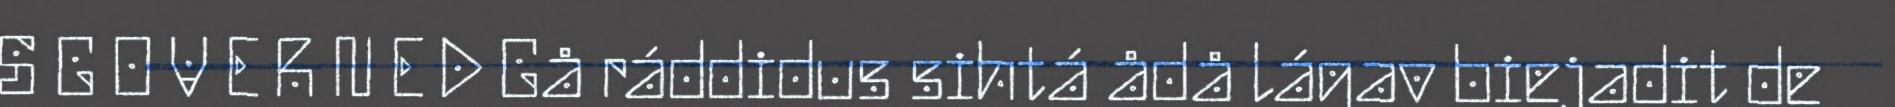
S G O V E R N E D Gå ráddidus sihtá ådå lágav biejadit de